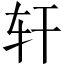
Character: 轩